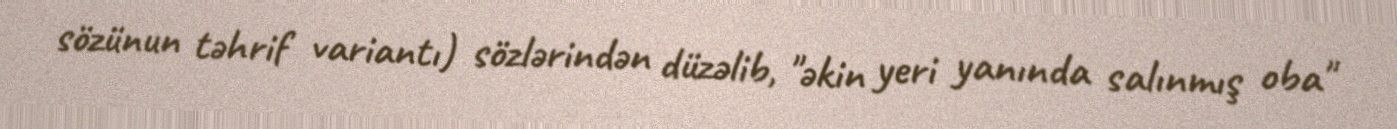
sözünun təhrif variantı) sözlərindən düzəlib, "əkin yeri yanında salınmış oba"